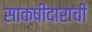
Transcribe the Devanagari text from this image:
साक्षीदाराची